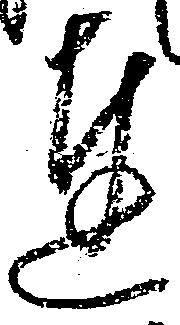
達